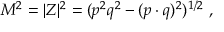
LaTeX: M ^ { 2 } = | Z | ^ { 2 } = ( p ^ { 2 } q ^ { 2 } - ( p \cdot q ) ^ { 2 } ) ^ { 1 / 2 } \ ,